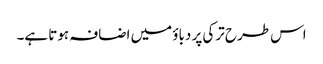
اس طرح ترکی پر دباؤ میں اضافہ ہوتا ہے۔